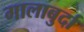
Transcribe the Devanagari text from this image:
गालाबुर्दा